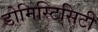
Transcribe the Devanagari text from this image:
डोमिस्टिसिटी